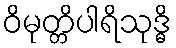
ဝိမုတ္တိပါရိသုဒ္ဓိ